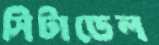
সিটাডেল